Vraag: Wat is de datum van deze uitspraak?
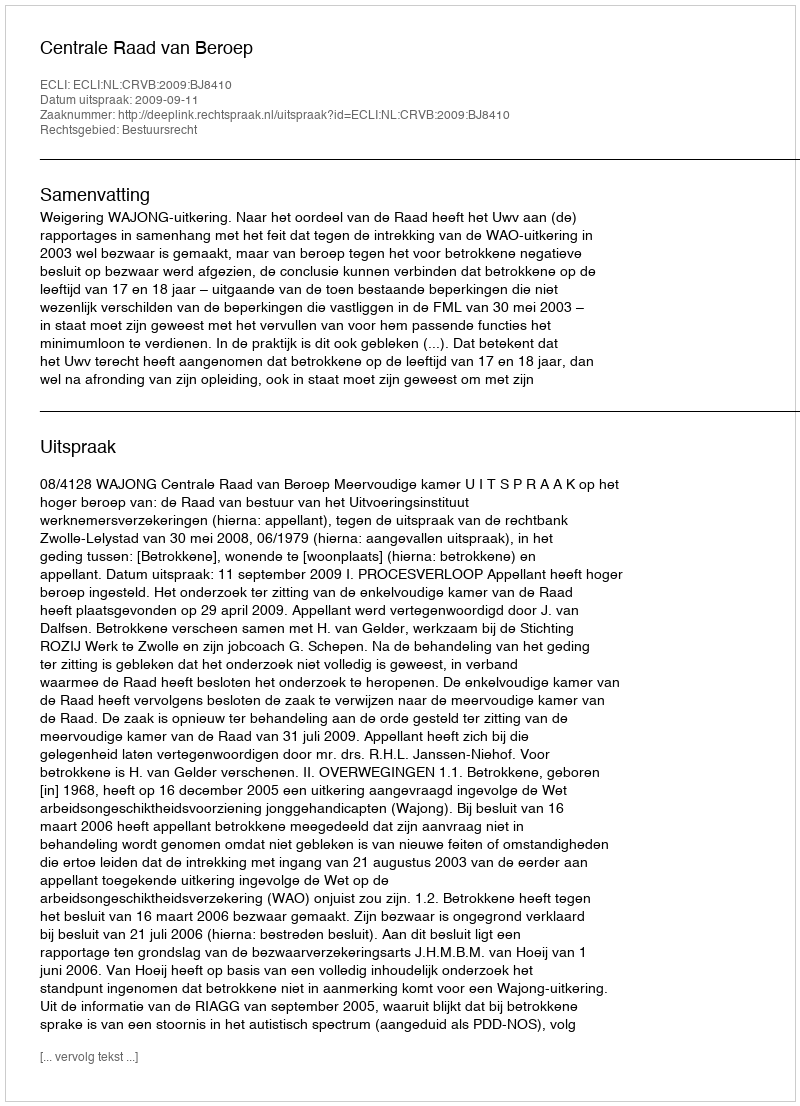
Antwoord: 2009-09-11